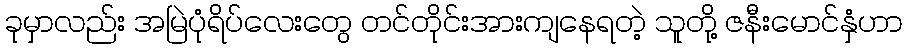
ခုမှာလည်း အမြဲပုံရိပ်လေးတွေ တင်တိုင်းအားကျနေရတဲ့ သူတို့ ဇနီးမောင်နှံဟာ